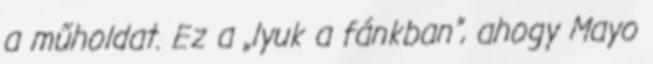
a műholdat. Ez a „lyuk a fánkban”, ahogy Mayo